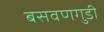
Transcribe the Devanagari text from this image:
बसवणगुडी